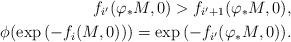
LaTeX: \begin{align*}f_{i'}(\varphi_*M,0)>f_{i'+1}(\varphi_*M,0),\\\phi(\exp{(-f_i(M,0))})=\exp{(-f_{i'}(\varphi_*M,0))}.\end{align*}